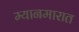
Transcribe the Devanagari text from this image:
म्यानमारात